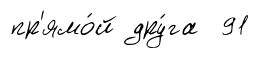
пр'ямо́й дру́га 91